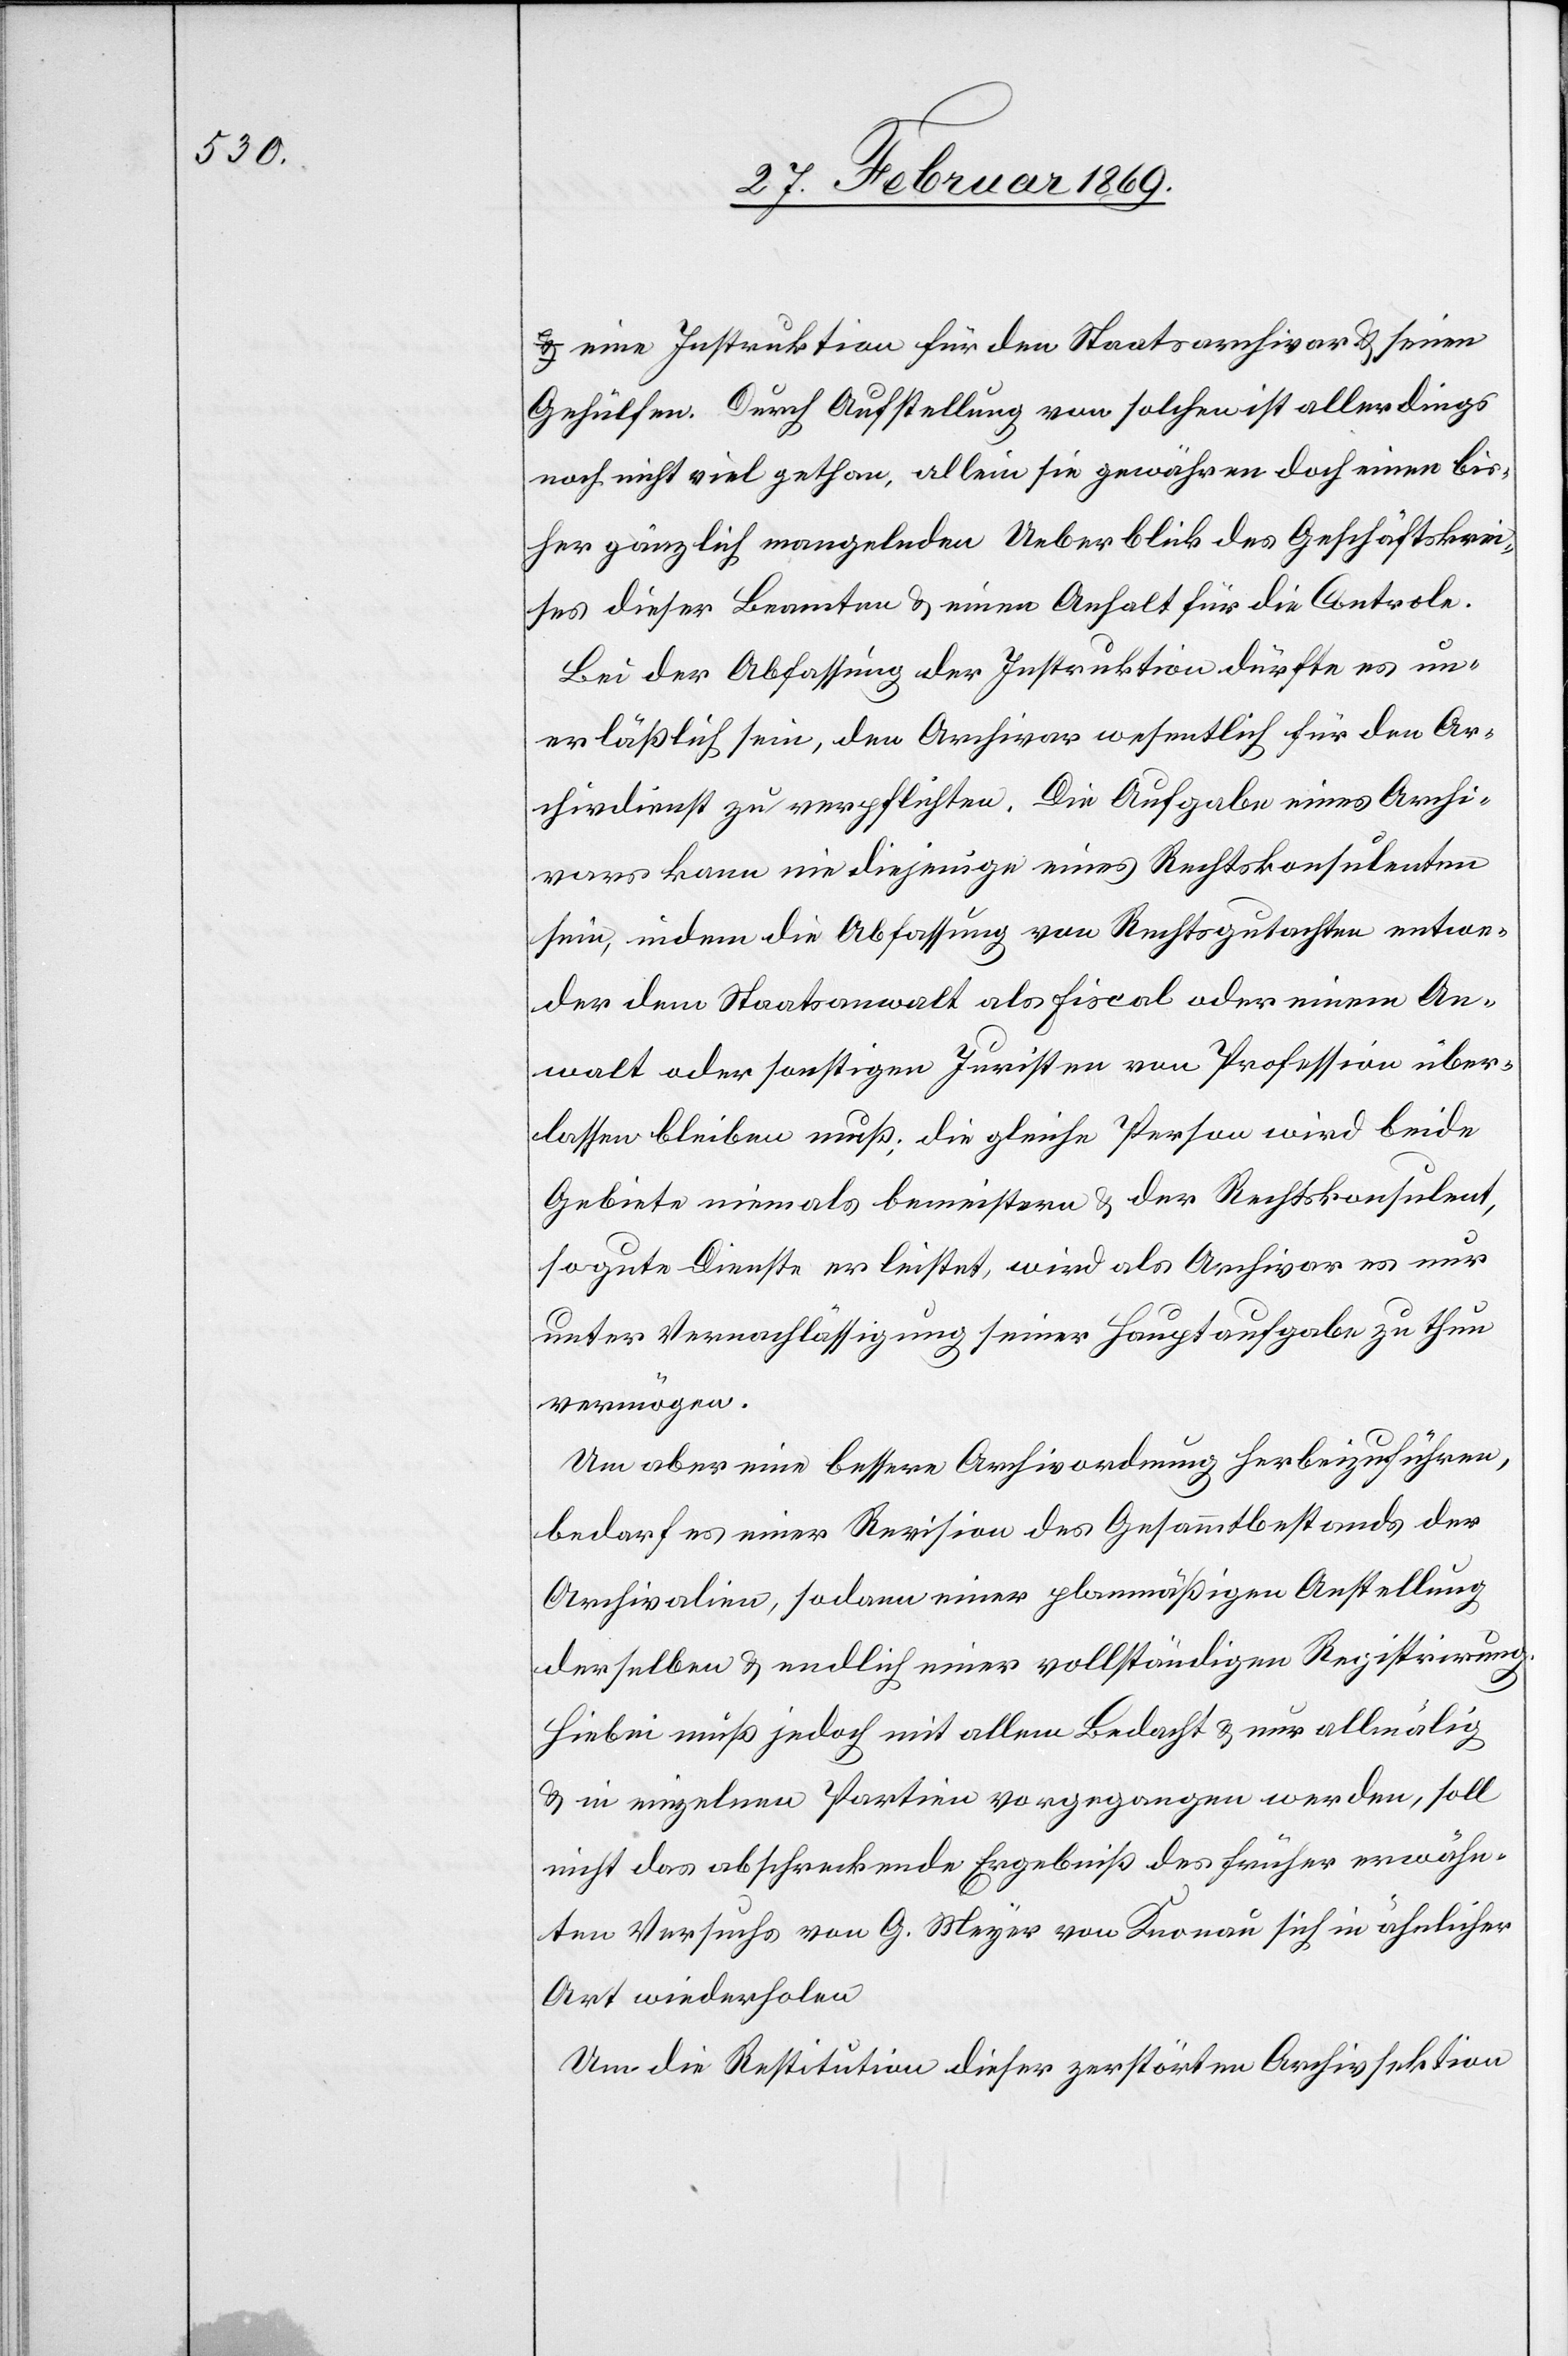
eine Instruktion für den Staatsarchivar & seine
Gehülfen. Durch Aufstellung von solchen ist allerdings
noch nicht viel gethan, allein sie gewähren doch einen bis¬
her gänzlich mangelnden Ueberblick des Geschäftskrei¬
ses dieser Beamten & einen Anhalt für die
Bei der Abfassung der Instruktion dürfe es un¬
erläßlich sein, den Archivar wesentlich für den Ar¬
chivdienst zu verpflichten. Die Aufgabe eines Archi¬
vars kann nie diejenige eines Rechtskonsulenten
sein, indem die Abfassung von Rechtsgutachten entwe¬
der dem Staatsanwalt als fiscal oder einem An¬
walt oder sonstigen Juristen von Profession über¬
lassen bleiben muss; die gleiche Person wird beide
Gebiete niemals bemeistern & der Rechtskonsulent,
so gute Dienste er leistet, wird als Archivar es nur
unter Vernachlässigung seiner Hauptaufgabe zu thun
vermögen.
Um aber eine bessere Archivordnung herbeizuführen,
bedarf es einer Revision des Gesammtbestands der
Archivalien, sodann einer planmässigen Anstellung
derselben & endlich einer vollständigen Registrirung.
Hiebei muß jedoch mit allem Bedacht & nur allmälig
& in einzelnen Partien vorgegangen werden, soll
nicht das abschreckende Ergebniß des früher erwähn¬
ten Versuchs von G. Meyer von Knonau sich in ähnlicher
Art wiederholen.
Um die Restitution dieser gestörten Archivsektion